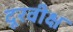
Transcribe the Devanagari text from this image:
दूरवीक्ष